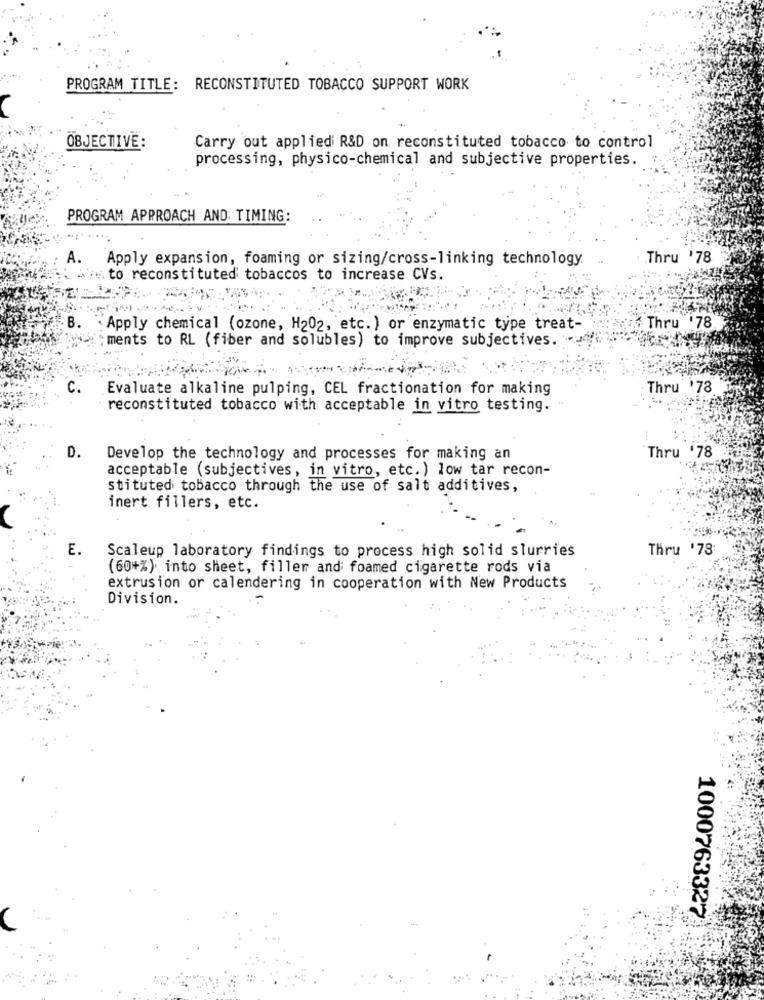
PROGRAM TITLE: RECONSTITUTED TOBACCO SUPPORT WORK
OBJECTIVE:
Carry out applied R&D on reconstituted tobacco to control
processing, physico-chemical and subjective properties.
PROGRAM APPROACH AND: TIMING:
A.
Apply expansion, foaming or sizing/cross-linking technology.
Thru '78
to reconstituted tobaccos to increase CVs.
B.
Thru '78
Apply chemical (ozone, H202, etc.) or enzymatic type treat-
ments to RL (fiber and solubles) to improve subjectives. .
Evaluate alkaline pulping, CEL fractionation for making
Thru '78
reconstituted tobacco with acceptable in vitro testing.
D.
Develop the technology and processes for making an
Thru '78
acceptable (subjectives, in vitro, etc.) low tar recon-
stituted tobacco through the use of salt additives,
inert fillers, etc.
E.
Scaleup laboratory findings to process high solid slurries
Thru '78
(60+%) into sheet, filler and foamed cigarette rods via
extrusion or calendering in cooperation with New Products
Division.
1000763327